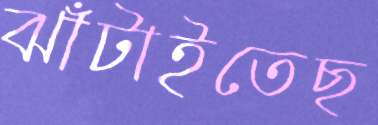
ঝাঁটাইতেছ